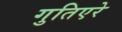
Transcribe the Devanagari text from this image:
गुतिएरे